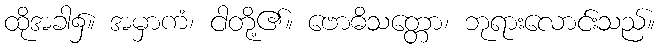
ထိုအခါ၌။ အမှာကံ၊ ငါတို့၏။ ဗောဓိသတ္တော၊ ဘုရားလောင်းသည်။